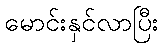
မောင်းနှင်လာပြီး